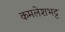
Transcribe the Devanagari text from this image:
कमलेशभट्ट